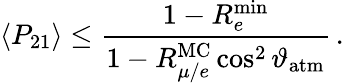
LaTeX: \langle P_{21}\rangle\leq\frac{1-R_{e}^{\mathrm{min}}}{1-R_{\mu/e}^{\mathrm{MC}}\cos^{2}\vartheta_{\mathrm{atm}}}\, .